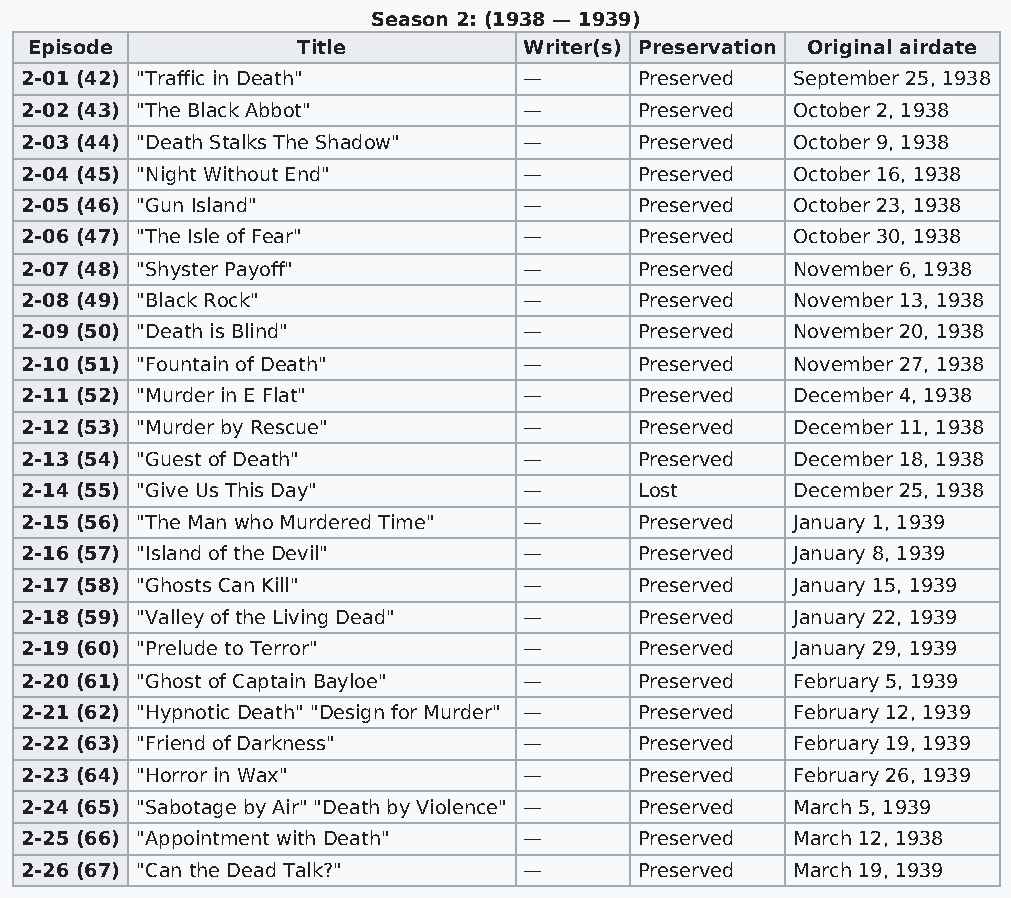
Season 2: (1938 — 1939)
 Episode           Title          Writer(s) Preservation Original airdate
 2-01 (42) "Traffic in Death"      —      Preserved September 25, 1938
 2-02 (43) "The Black Abbot"       —      Preserved October 2, 1938
 2-03 (44) "Death Stalks The Shadow" —    Preserved October 9, 1938
 2-04 (45) "Night Without End"     —      Preserved October 16, 1938
 2-05 (46) "Gun Island"            —      Preserved October 23, 1938
 2-06 (47) "The Isle of Fear"      —      Preserved October 30, 1938
 2-07 (48) "Shyster Payoff"        —      Preserved November 6, 1938
 2-08 (49) "Black Rock"            —      Preserved November 13, 1938
 2-09 (50) "Death is Blind"        —      Preserved November 20, 1938
 2-10 (51) "Fountain of Death"     —      Preserved November 27, 1938
 2-11 (52) "Murder in E Flat"      —      Preserved December 4, 1938
 2-12 (53) "Murder by Rescue"      —      Preserved December 11, 1938
 2-13 (54) "Guest of Death"        —      Preserved December 18, 1938
 2-14 (55) "Give Us This Day"      —      Lost      December 25, 1938
 2-15 (56) "The Man who Murdered Time" —  Preserved January 1, 1939
 2-16 (57) "Island of the Devil"   —      Preserved January 8, 1939
 2-17 (58) "Ghosts Can Kill"       —      Preserved January 15, 1939
 2-18 (59) "Valley of the Living Dead" —  Preserved January 22, 1939
 2-19 (60) "Prelude to Terror"     —      Preserved January 29, 1939
 2-20 (61) "Ghost of Captain Bayloe" —    Preserved February 5, 1939
 2-21 (62) "Hypnotic Death" "Design for Murder" — Preserved February 12, 1939
 2-22 (63) "Friend of Darkness"    —      Preserved February 19, 1939
 2-23 (64) "Horror in Wax"         —      Preserved February 26, 1939
 2-24 (65) "Sabotage by Air" "Death by Violence" — Preserved March 5, 1939
 2-25 (66) "Appointment with Death" —     Preserved March 12, 1938
 2-26 (67) "Can the Dead Talk?"    —      Preserved March 19, 1939